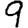
Digit: 9